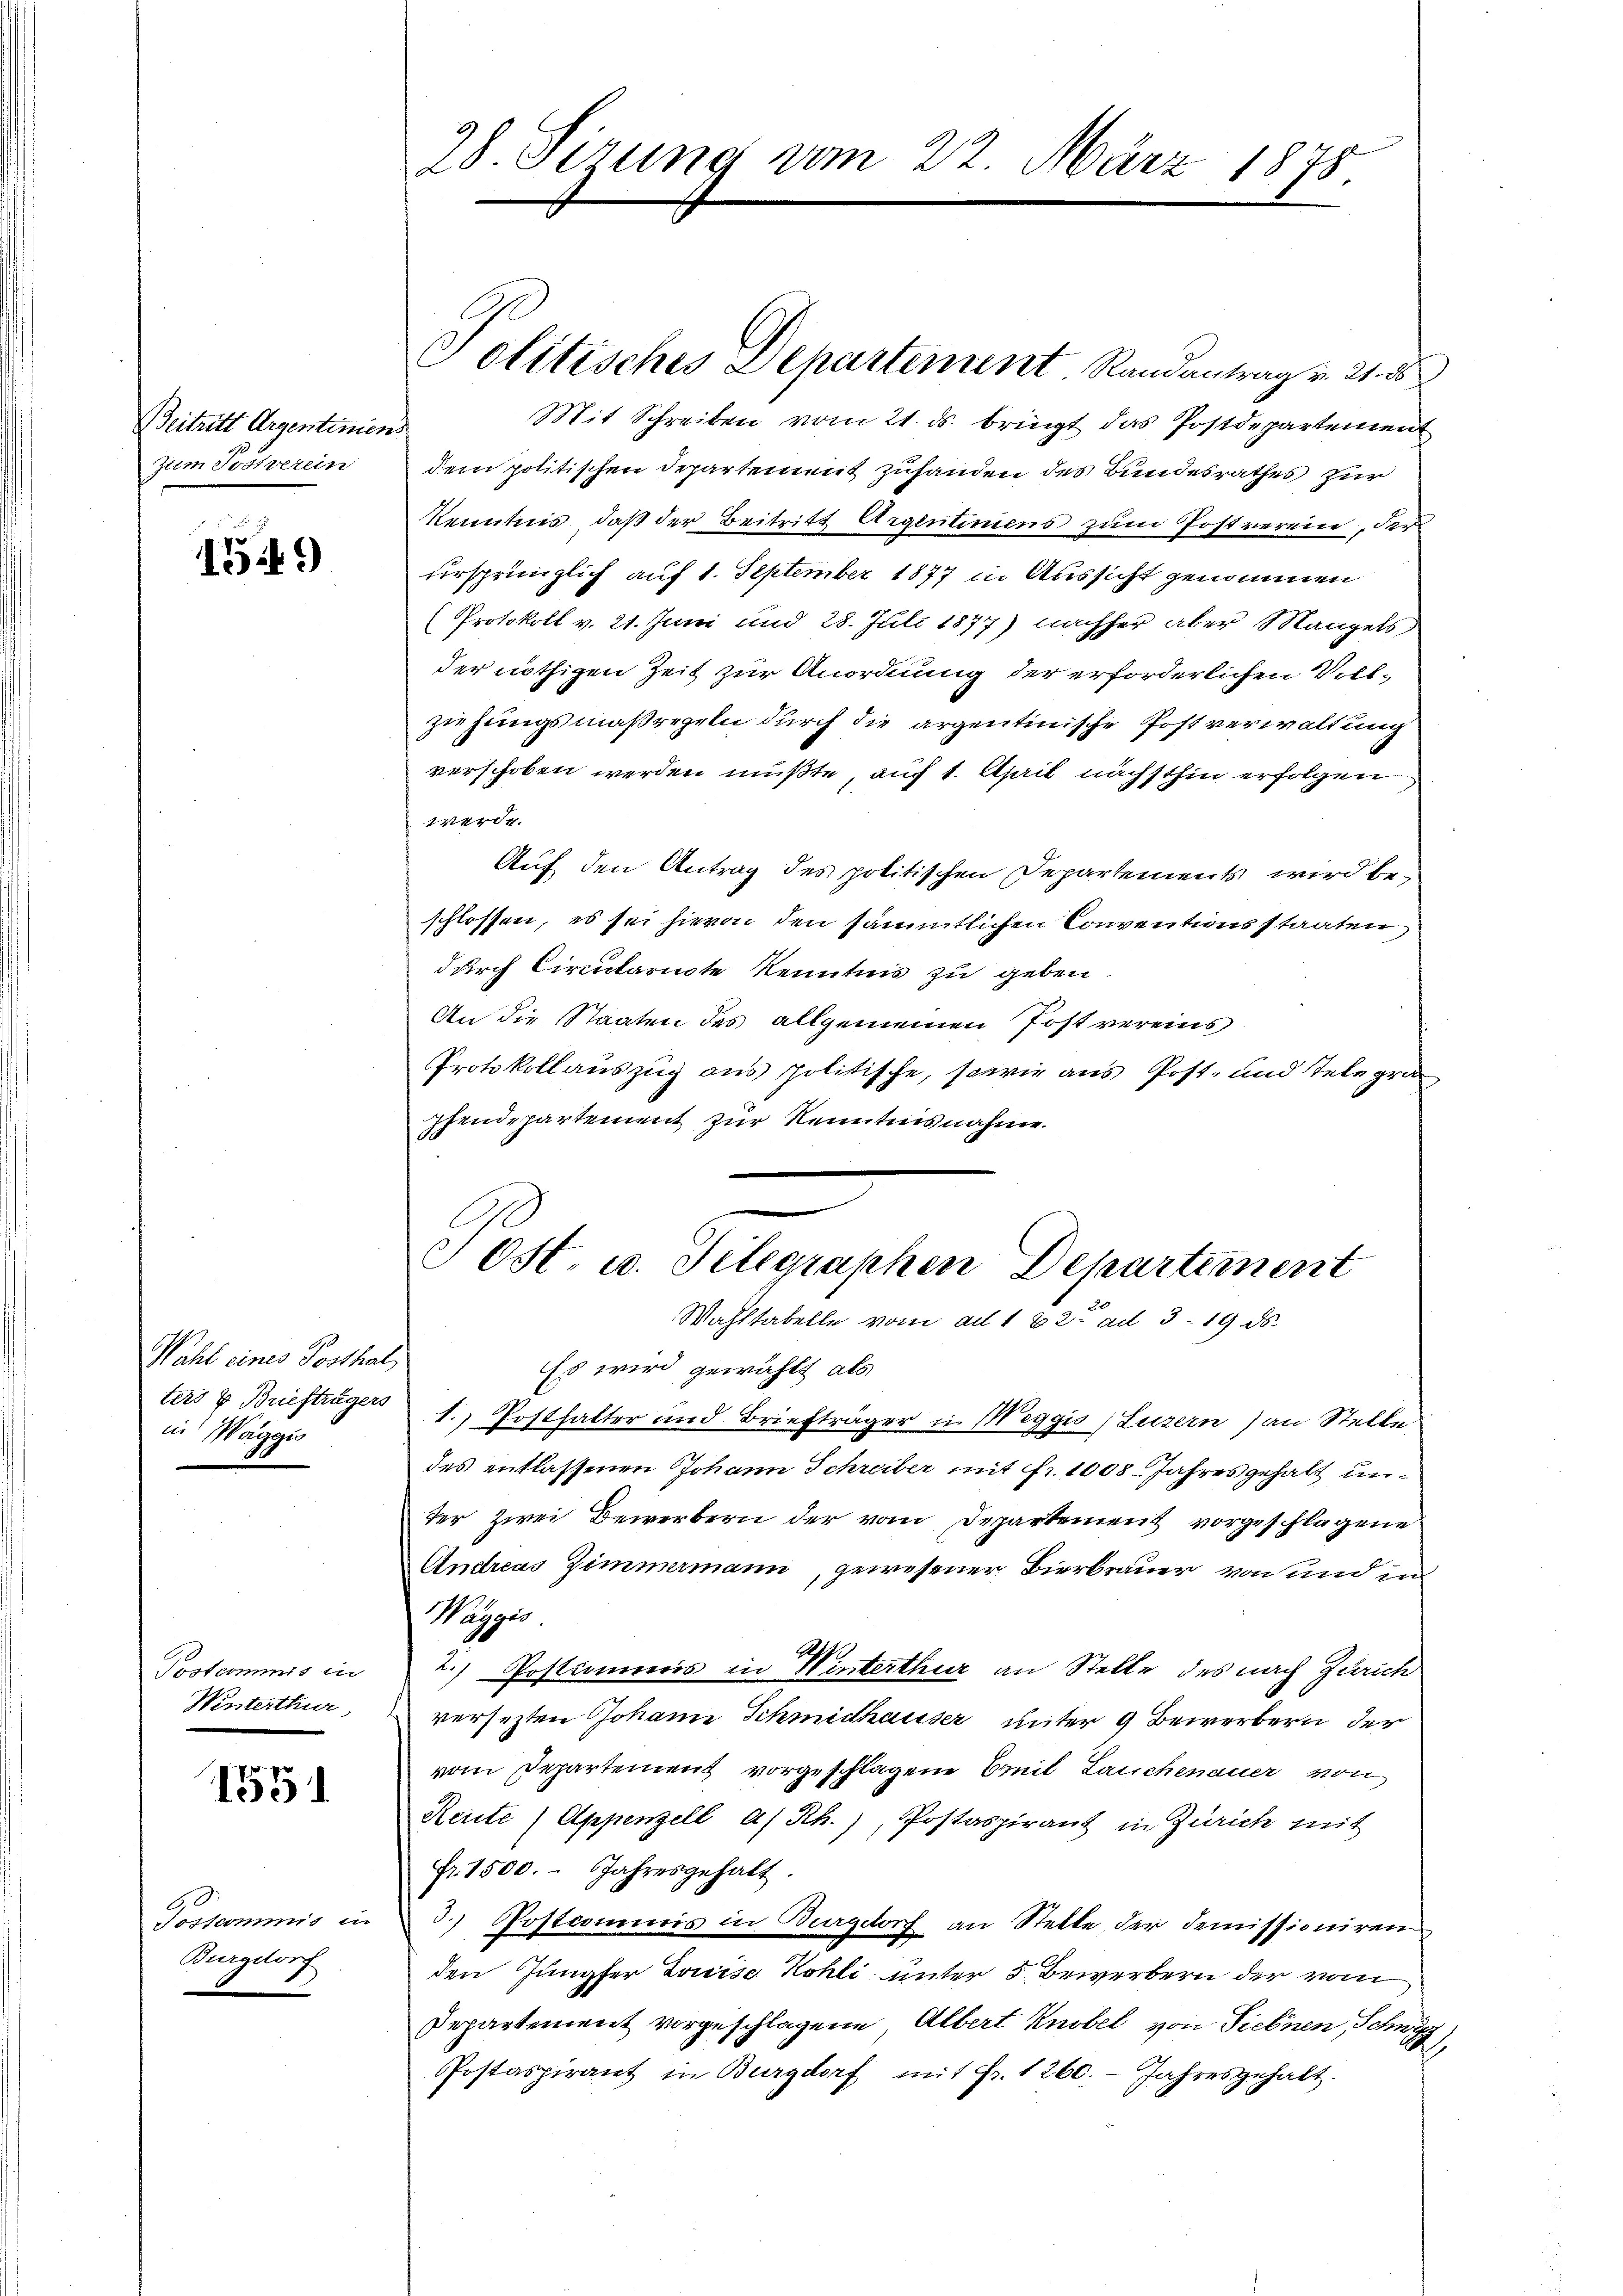
Beitritt Argentiniens
zum Sockerein

1549)

Wahl eines Posthal,
in Maggis

Postcommis in
Winterthur,

1551

Toskommnis in
Burgdorf

28. Sizung vom 22. März 1875

Mit Schreiben vom 21. ds. bringt das Postdepartement
dem politischen Departement zuhanden des Bundesrathes zur
kenntnis, daβ der Beitritt Argentiniens zŭm Postverein, der
ursprünglich auf 1. September 1877 in Aussicht genommen
(Protokoll v. 21. Juni und 28. Juli 1877) nachher aber Mangels
der nöthigen Zeit zur Anordnung der erforderlichen Vollzu jungsmaßregeln durch die argentinische Postverwaltung
verschoben werden mußte, auf 1. April nächsthin erfolgen.
werde.
Auf den Antrag des politischen Departements wird beschlossen, es sei hievon den sämmtlichen Conventionsstaaten,
durch Circularite Kenntnis zu geben.
An die Staaten des allgemeinen Post vereins
Protokollauszug aus politische, sowie aus Post- und Telegra
pfendepartement zur Kenntnisnahme.

Politisches Departement. Randantrag v. 21. ds

Jost u. Telegraphen Departement
Wahltabelle vom ad 1 22t ad 319 ds.

3

Es wird gewählt als
ters & Briefträgers 1. Posthalter und Briefträger in Meggis, Luzern) an Stelle,
des entlassenen Johann Schreiber mit fr. 1008. Jahres gehalt unter zwei Bewerbern der vom Departement vorgeschlagene
Andreas Zimmermann, gewesener Bierbrauer von und in
Watges
2.) Postcomonis in Winterthur an Stelle des nach Zürich
versezten Johann Schmidhauser unter 9 Bewerbern der
vom Departement vorgeschlagene Emil Lauchenauer von
Reite (Appenzell a/Rh.), Postaspirant in Zürich mit
fr. 1500. Jahresgehalt.
3. Postcommis in Burgdorf an Stelle der Demissioniren
den Jungfer Louise Kohli unter 5. Bewerbern der vom
Departement vorgeschlagene, Albert Knobel von Siebnen, Schn
Postaspirant in Burgdorf mit Fr. 1260. Jahresgehalt